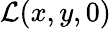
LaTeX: {\mathcal{L}}(x,y,0)